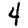
Digit: 4